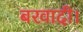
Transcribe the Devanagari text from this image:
बरवादी।